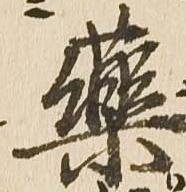
薬